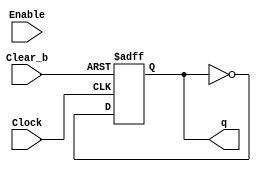
module t_flip_flop(Clear_b, Clock, Enable, q);\n    input Clear_b;\n    input Enable;\n    input Clock;\n    output q;\n    \n    reg q;\n    \n    \n    always @(posedge Clock, negedge Clear_b) \n    begin\n\tif (Clear_b == 1'b0)\n\t    q <= 0;\n\telse\n\t    q <= ~q;\n    end\nendmodule
module eight_bit_counter(Clear_b, Clock, Enable, Q);\n    input Clear_b;\n    input Enable;\n    input Clock;\n    output [7:0] Q;\n    \n    wire [6:0] a;\n    \n    t_flip_flop t7(\n\t.Clear_b(Clear_b), \n\t.Clock(Clock), \n\t.Enable(Enable), \n\t.q(Q[7])\n    );\n    \n    and a7(Enable, Q[7], a[6]);\n    \n    t_flip_flop t6(\n\t.Clear_b(Clear_b), \n\t.Clock(Clock), \n\t.Enable(a[6]), \n\t.q(Q[6])\n    );\n    \n    and a6(Enable, Q[6], a[5]);\n    \n    t_flip_flop t5(\n\t.Clear_b(Clear_b), \n\t.Clock(Clock), \n\t.Enable(a[5]), \n\t.q(Q[5])\n    );\n    \n    and a5(Enable, Q[5], a[4]);\n    \n    t_flip_flop t4(\n\t.Clear_b(Clear_b), \n\t.Clock(Clock), \n\t.Enable(a[4]), \n\t.q(Q[4])\n    );\n    \n    and a4(Enable, Q[4], a[3]);\n    \n    t_flip_flop t3(\n\t.Clear_b(Clear_b), \n\t.Clock(Clock), \n\t.Enable(a[3]), \n\t.q(Q[3])\n    );\n    \n    and a3(Enable, Q[3], a[2]);\n    \n    t_flip_flop t2(\n\t.Clear_b(Clear_b), \n\t.Clock(Clock), \n\t.Enable(a[2]), \n\t.q(Q[2])\n    );\n    \n    and a2(Enable, Q[2], a[1]);\n    \n    t_flip_flop t1(\n\t.Clear_b(Clear_b), \n\t.Clock(Clock), \n\t.Enable(a[1]), \n\t.q(Q[1])\n    );\n    \n    and a1(Enable, Q[1], a[0]);\n    \n    t_flip_flop t0(\n\t.Clear_b(Clear_b), \n\t.Clock(Clock), \n\t.Enable(a[0]), \n\t.q(Q[0])\n    );\nendmodule
module sim(KEY, SW, HEX0, HEX1);\n\tinput [0:0] KEY;\n\tinput [1:0] SW;\n\toutput [6:0] HEX0, HEX1;\n    \n\twire [7:0] q;\n    \n\teight_bit_counter e0(\n\t\t.Clear_b(SW[0]), \n\t\t.Clock(KEY[0]), \n\t\t.Enable(SW[1]), \n\t\t.Q(q)\n\t);\n\t\n\t\t\n\t    \n\t    \n\thex hex00(\n\t\t.SW(q[3:0]),\n\t\t.HEX0(HEX0)\n\t);\n\t\t\n\t\t\n\thex hex01(\n\t\t.SW(q[7:4]),\n\t\t.HEX0(HEX1)\n\t);\n\t\n\t\nendmodule
module hex0(c3,c2,c1,c0,y);\n\tinput c3,c2,c1,c0; output y;\n\tassign y = ~((~c2 & ~c0) | (c3 & ~c0) | (c1 & ~c0) | (c3 & ~c1) | (c2 & c1) | (~c3 & c1) | (~c3 & c2 & c0));\nendmodule
module hex1(c3,c2,c1,c0,y);\n\tinput c3,c2,c1,c0; output y;\n\tassign y = ~((~c2 & ~c0) | (~c3 & ~c2) | (~c2 & ~c1) | (c3 & ~c1 & c0) | (~c3 & c1 & c0) | (~c3 & ~c1 & ~c0));\nendmodule
module hex2(c3,c2,c1,c0,y);\n\tinput c3,c2,c1,c0; output y;\n\tassign y = ~((~c3 & ~c1) | (c3 & ~c2) | (~c3 & c2) | (~c1 & c0) | (~c2 & c0));\nendmodule
module hex3(c3,c2,c1,c0,y);\n\tinput c3,c2,c1,c0; output y;\n\tassign y = ~((c3 & ~c1) | (c2 & c1 & ~c0) | (~c3 & ~c2 & ~c0) | (~c2 & c1 & c0) | (c2 & ~c1 & c0));\nendmodule
module hex4(c3,c2,c1,c0,y);\n\tinput c3,c2,c1,c0; output y;\n\tassign y = ~((~c2 & ~c0) | (c3 & ~c2) | (c1 & ~c0) | (c3 & c1));\nendmodule
module hex5(c3,c2,c1,c0,y);\n\tinput c3,c2,c1,c0; output y;\n\tassign y = ~((~c1 & ~c0) | (c3 & ~c2) | (c2 & ~c0) | (c3 & c1) | (~c3 & c2 & ~c1));\nendmodule
module hex6(c3,c2,c1,c0,y);\n\tinput c3,c2,c1,c0; output y;\n\tassign y = ~((c3 & ~c2) | (c1 & ~c0) | (c3 & c0) | (~c3 & c2 & ~c1) | (~c3 & ~c2 & c1));\nendmodule
module hex(SW, HEX0);\n\tinput [3:0] SW; output [0:6] HEX0;\n\t\n\thex0 h0(\n\t\t.c3(SW[3]),\n\t\t.c2(SW[2]),\n\t\t.c1(SW[1]),\n\t\t.c0(SW[0]),\n\t\t.y(HEX0[0])\n\t\t);\n\t\t\n\thex1 h1(\n\t\t.c3(SW[3]),\n\t\t.c2(SW[2]),\n\t\t.c1(SW[1]),\n\t\t.c0(SW[0]),\n\t\t.y(HEX0[1])\n\t\t);\n\t\t\n\thex2 h2(\n\t\t.c3(SW[3]),\n\t\t.c2(SW[2]),\n\t\t.c1(SW[1]),\n\t\t.c0(SW[0]),\n\t\t.y(HEX0[2])\n\t\t);\n\n\thex3 h3(\n\t\t.c3(SW[3]),\n\t\t.c2(SW[2]),\n\t\t.c1(SW[1]),\n\t\t.c0(SW[0]),\n\t\t.y(HEX0[3])\n\t\t);\n\t\t\n\thex4 h4(\n\t\t.c3(SW[3]),\n\t\t.c2(SW[2]),\n\t\t.c1(SW[1]),\n\t\t.c0(SW[0]),\n\t\t.y(HEX0[4])\n\t\t);\n\t\t\n\thex5 h5(\n\t\t.c3(SW[3]),\n\t\t.c2(SW[2]),\n\t\t.c1(SW[1]),\n\t\t.c0(SW[0]),\n\t\t.y(HEX0[5])\n\t\t);\n\t\t\n\thex6 h6(\n\t\t.c3(SW[3]),\n\t\t.c2(SW[2]),\n\t\t.c1(SW[1]),\n\t\t.c0(SW[0]),\n\t\t.y(HEX0[6])\n\t\t);\nendmodule